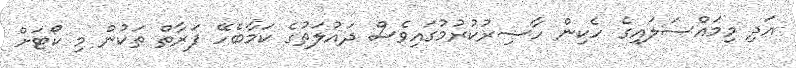
އަދި މިމައްސަލައިގެ ހެކިން ހާޟިރުކުރުމުގައިވެސް ދައުލަތުގެ ކަމާބެހޭ ފަރާތް ތަކުން މި ކޯޓަށް